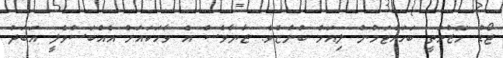
ޖޯޑު މޭޒުމަތީ ބަހައްޓަމުން ލިއަމް ބުންޏެވެ. ޒާޔާވެސް އެ ވާހަކައަށް އެއްބަސްވެލީ އަބަދު